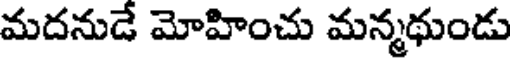
మదనుడే మోహించు మన్మథుండు